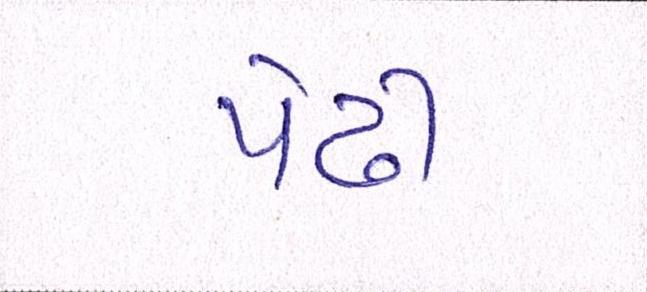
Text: પેઢી